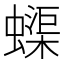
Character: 蟝